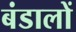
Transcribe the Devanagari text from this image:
बंडालों